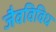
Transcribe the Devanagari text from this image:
जैवविविध